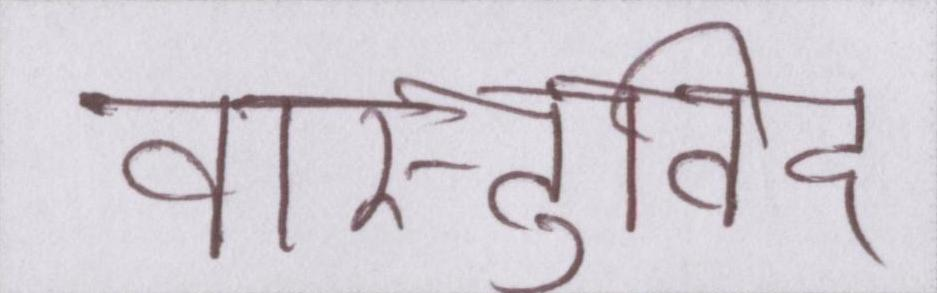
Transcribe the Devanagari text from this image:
वास्तुविद